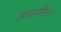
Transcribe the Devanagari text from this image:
साइडेरोसिस